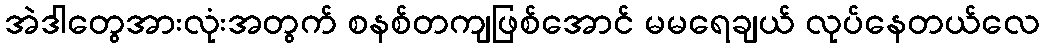
အဲဒါတွေအားလုံးအတွက် စနစ်တကျဖြစ်အောင် မမရေချယ် လုပ်နေတယ်လေ